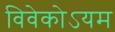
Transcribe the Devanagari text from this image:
विवेकोऽयम